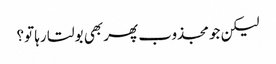
لیکن جو مجذوب پھر بھی بولتا رہا تو؟